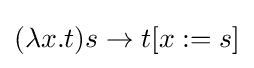
(\lambda x.t)s\to t[x:=s]